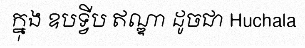
ក្នុង ឧបទ្វីប ឥណ្ឌា ដូចជា Huchala